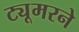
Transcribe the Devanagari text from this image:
ट्यूमरने